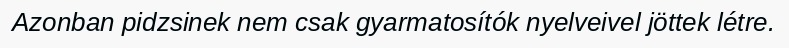
Azonban pidzsinek nem csak gyarmatosítók nyelveivel jöttek létre.